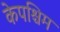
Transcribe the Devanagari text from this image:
केपश्चिम